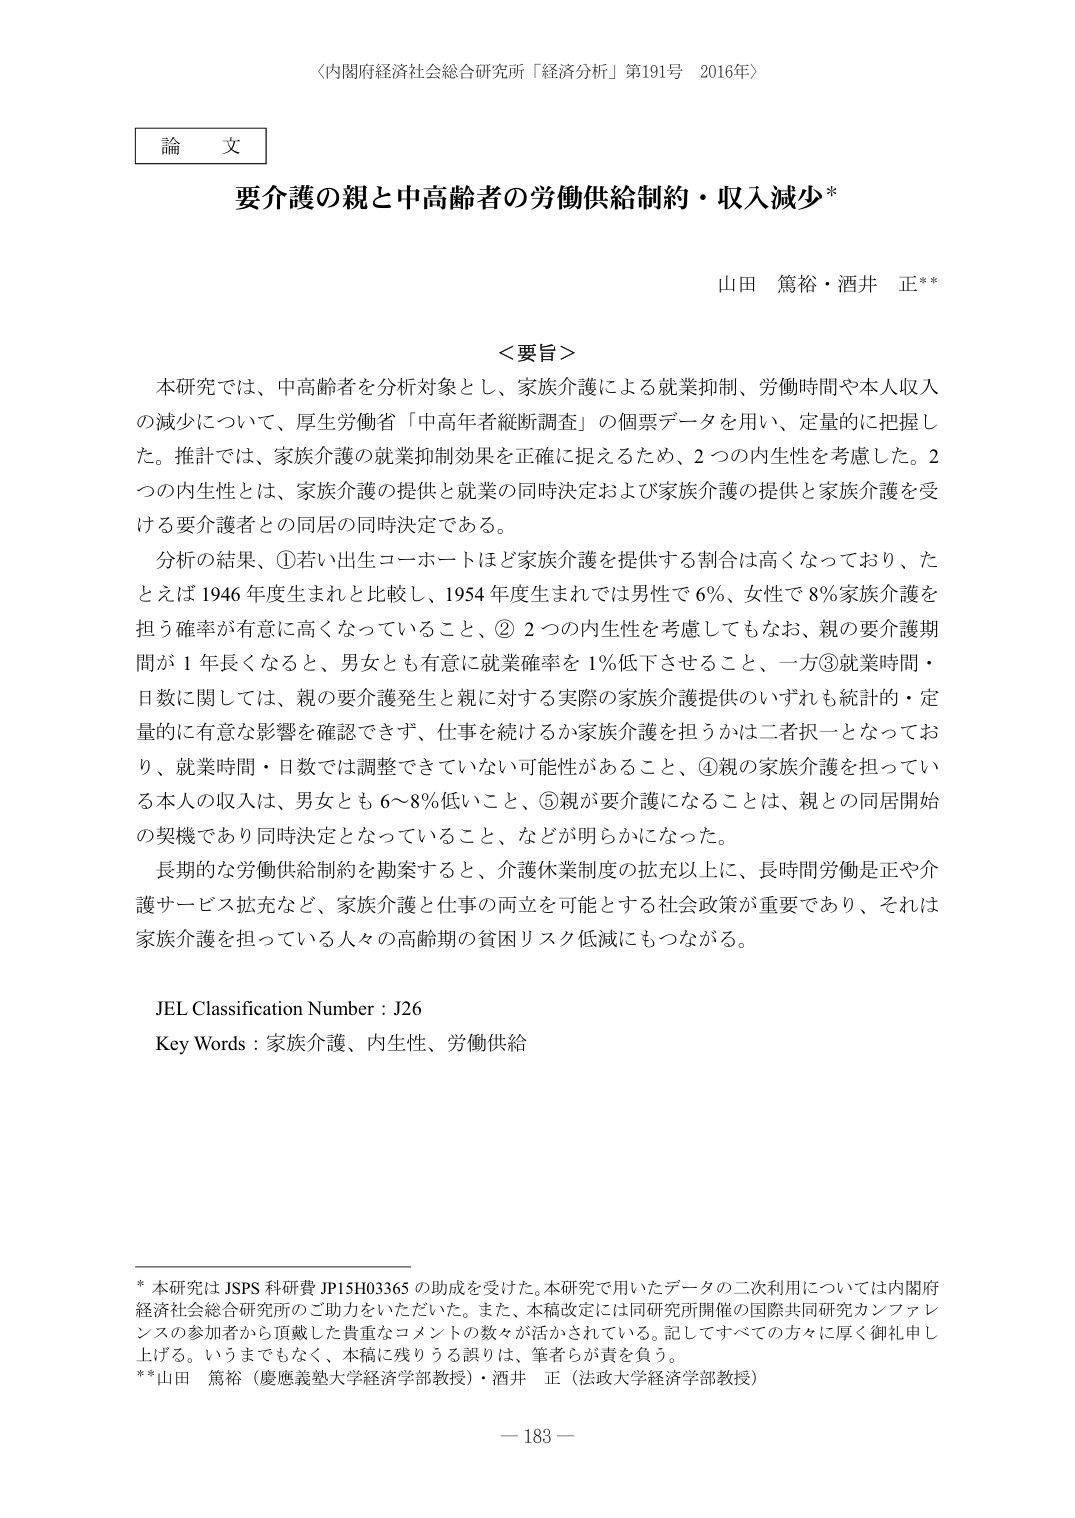
〈内閣府経済社会総合研究所「経済分析」第191号　2016年〉

論文

要介護の親と中高齢者の労働供給制約・収入減少*

山田 篤裕・酒井 正**

＜要旨＞

本研究では、中高齢者を分析対象とし、家族介護による就業抑制、労働時間や本人収入の減少について、厚生労働省「中高年者縦断調査」の個票データを用い、定量的に把握した。推計では、家族介護の就業抑制効果を正確に捉えるため、2つの内生性を考慮した。2つの内生性とは、家族介護の提供と就業の同時決定および家族介護の提供と家族介護を受ける要介護者との同居の同時決定である。

分析の結果、①若い出生コーホートほど家族介護を提供する割合は高くなっており、たとえば1946年度生まれと比較し、1954年度生まれでは男性で6％、女性で8％家族介護を担う確率が有意に高くなっていること、②2つの内生性を考慮してもなお、親の要介護期間が1年長くなると、男女とも有意に就業確率を1％低下させること、一方③就業時間・日数に関しては、親の要介護発生と親に対する実際の家族介護提供のいずれも統計的・定量的に有意な影響を確認できず、仕事を続けるか家族介護を担うかは二者択一となっており、就業時間・日数では調整できていない可能性があること、④親の家族介護を担っている本人の収入は、男女とも6～8％低いこと、⑤親が要介護になることは、親との同居開始の契機であり同時決定となっていること、などが明らかになった。

長期的な労働供給制約を勘案すると、介護休業制度の拡充以上に、長時間労働是正や介護サービス拡充など、家族介護と仕事の両立を可能とする社会政策が重要であり、それは家族介護を担っている人々の高齢期の貧困リスク低減にもつながる。

JEL Classification Number：J26
Key Words：家族介護、内生性、労働供給

* 本研究はJSPS科研費JP15H03365の助成を受けた。本研究で用いたデータの二次利用については内閣府経済社会総合研究所のご助力をいただいた。また、本稿改定には同研究所開催の国際共同研究カンファレンスの参加者から頂戴した貴重なコメントの数々が活かされている。記してすべての方々に厚く御礼申し上げる。いうまでもなく、本稿に残りうる誤りは、筆者らが責を負う。
** 山田 篤裕（慶應義塾大学経済学部教授）・酒井 正（法政大学経済学部教授）

— 183 —